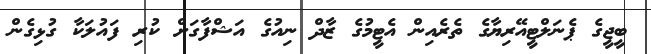
ބީޖީގެ ޕެނަލްޓީއޭރިޔާގެ ތެރެއިން އެޓީމުގެ ޒާދް ނިއުގެ އަޝްފާގަށް ކުރި ފައުލަކާ ގުޅިގެން